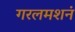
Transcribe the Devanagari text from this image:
गरलमशनं